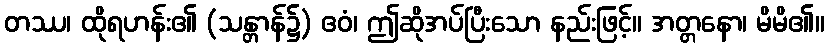
တဿ၊ ထိုရဟန်း၏ (သန္တာန်၌) ဧဝံ၊ ဤဆိုအပ်ပြီးသော နည်းဖြင့်။ အတ္တနော၊ မိမိ၏။